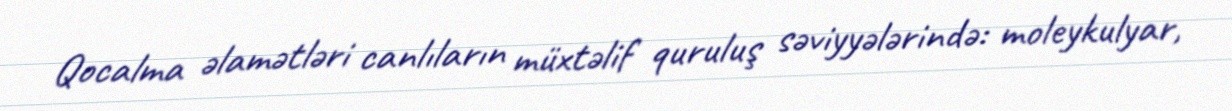
Qocalma əlamətləri canlıların müxtəlif quruluş səviyyələrində: moleykulyar,